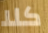
كلا